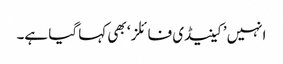
انہیں ’کینیڈی فائلز‘ بھی کہا گیا ہے۔